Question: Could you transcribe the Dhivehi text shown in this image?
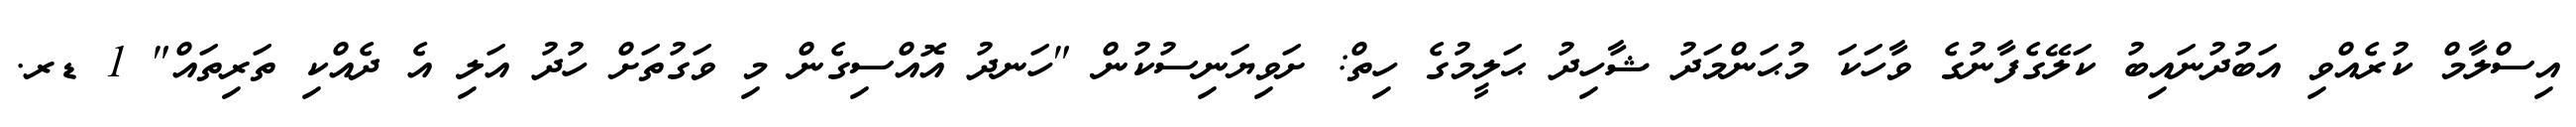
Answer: އިސްލާމް ކުރެއްވި އަބުދުނައިބު ކަލޭގެފާނުގެ ވާހަކަ މުޙަންމަދު ޝާހިދު ޙަލީމުގެ ހިތް: ށަވިޔަނިސުކުން "ހަނދު އޮއްސިގެން މި ވަގުތަށް ހުދު އަލި އެ ދެއްކި ތަރިތައް" 1 ޑރ.